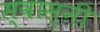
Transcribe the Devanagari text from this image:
स्वास्नी